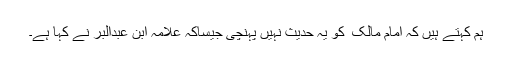
ہم کہتے ہیں کہ امام مالک ؒ کو یہ حدیث نہیں پہنچی جیساکہ علامہ ابن عبدالبرؒ نے کہا ہے۔